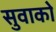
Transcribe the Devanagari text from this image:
सुवाको